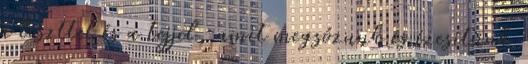
a liszttel és a tejjel, amit megsózunk és ízesítünk